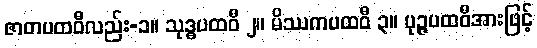
ဇာတပထဝီလည်း-၁။ သုဒ္ဓပထဝီ ၂။ မိဿကပထဝီ ၃။ ပုဉ္ဇပထဝီအားဖြင့်